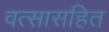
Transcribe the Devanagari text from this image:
वत्सासहित